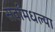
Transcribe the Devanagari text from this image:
सर्वांमधल्या